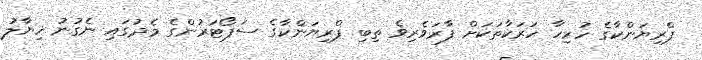
ޕްރިޔަންކާގެ ހުރިހާ ހަރަކާތަކަށް ފާރަވެރިވެ ތިބި ޕްރިޔަންކާގެ ސަޕޯޓަރުންގެ މެދުގައި ނެގުނު ޚިޔާލު